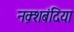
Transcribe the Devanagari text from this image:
नक़्शबंदिया